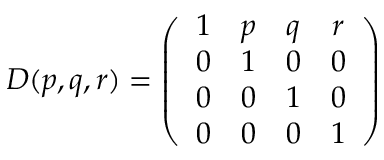
D ( p , q , r ) = \left( \begin{array} { c c c c } { { 1 } } & { { p } } & { { q } } & { { r } } \\ { { 0 } } & { { 1 } } & { { 0 } } & { { 0 } } \\ { { 0 } } & { { 0 } } & { { 1 } } & { { 0 } } \\ { { 0 } } & { { 0 } } & { { 0 } } & { { 1 } } \end{array} \right)